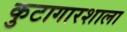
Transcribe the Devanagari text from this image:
कुटागारशाला